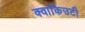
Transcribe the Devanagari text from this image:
क्वाकिउटी